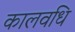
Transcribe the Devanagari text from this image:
कालवधि